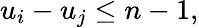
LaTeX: u_{i}-u_{j}\leq n-1,